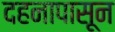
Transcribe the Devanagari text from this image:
दहनापासून